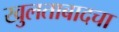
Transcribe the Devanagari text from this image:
खुलताबादचा